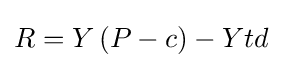
R=Y\left({P-c}\right)-Ytd